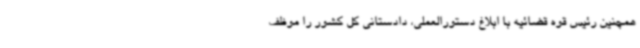
همچنین رئیس قوه قضائیه با ابلاغ دستورالعملی، دادستانی کل کشور را موظف